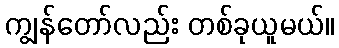
ကျွန်တော်လည်း တစ်ခုယူမယ်။